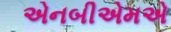
એનબીએમએ